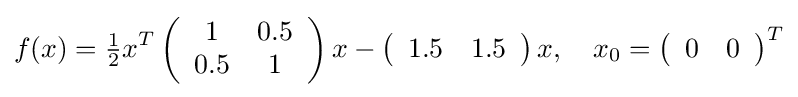
f(x)={\tfrac {1}{2}}x^{T}\left({\begin{array}{cc}1&0.5\\0.5&1\end{array}}\right)x-\left({\begin{array}{cc}1.5&1.5\end{array}}\right)x,\quad x_{0}=\left({\begin{array}{cc}0&0\end{array}}\right)^{T}